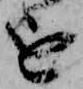
を